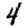
Digit: 4